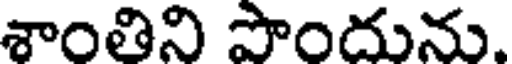
శాంతిని పొందును.